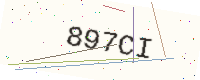
Text: 897CI